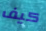
كيف